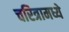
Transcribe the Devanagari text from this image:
चरित्रामध्ये